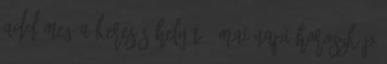
Add meg a keresés helyét - Mai napi horoszkóp